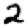
Digit: 2